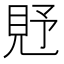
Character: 𧠐